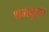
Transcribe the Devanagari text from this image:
श्रमयुक्त